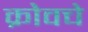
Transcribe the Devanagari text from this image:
क्रोवचे